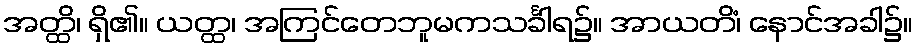
အတ္ထိ၊ ရှိ၏။ ယတ္ထ၊ အကြင်တေဘူမကသင်္ခါရ၌။ အာယတိံ၊ နောင်အခါ၌။